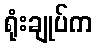
ရုံးချုပ်က